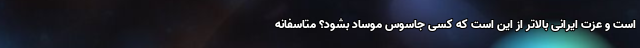
است و عزت ایرانی بالاتر از این است که کسی جاسوس موساد بشود؟ متاسفانه